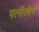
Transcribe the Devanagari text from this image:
पत्नीत्वेन